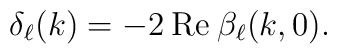
\delta_\ell(k)=-2\:{\rm Re}\:\beta_\ell(k,0).